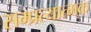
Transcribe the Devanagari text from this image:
सम्प्रत्यात्मक